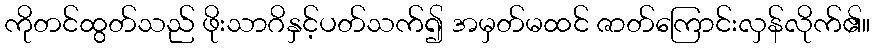
ကိုတင်ထွတ်သည် ဖိုးသာဂိနှင့်ပတ်သက်၍ အမှတ်မထင် ဇာတ်ကြောင်းလှန်လိုက်၏။